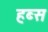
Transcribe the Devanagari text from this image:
हब्स